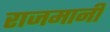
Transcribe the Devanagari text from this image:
राजमानी